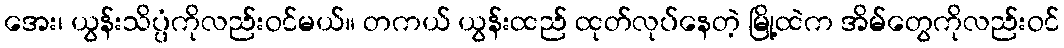
အေး၊ ယွန်းသိပ္ပံကိုလည်းဝင်မယ်။ တကယ် ယွန်းထည် ထုတ်လုပ်နေတဲ့ မြို့ထဲက အိမ်တွေကိုလည်းဝင်